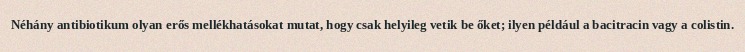
Néhány antibiotikum olyan erős mellékhatásokat mutat, hogy csak helyileg vetik be őket; ilyen például a bacitracin vagy a colistin.